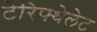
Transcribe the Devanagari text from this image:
टेरिफ्थेलेट